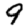
Digit: 9